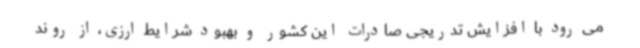
می رود با افزایش تدریجی صادرات این کشور و بهبود شرایط ارزی، از روند